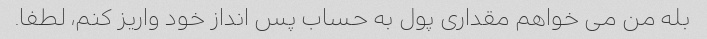
بله من می خواهم مقداری پول به حساب پس انداز خود واریز کنم، لطفا.